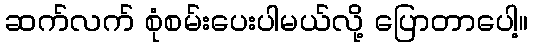
ဆက်လက် စုံစမ်းပေးပါမယ်လို့ ပြောတာပေါ့။